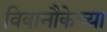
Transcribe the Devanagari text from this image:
विवानौकेच्या